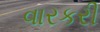
વારકરી